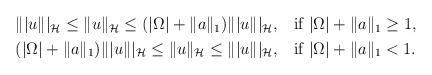
LaTeX: \begin{align*}\begin{aligned}\||u\||_\mathcal H\le \|u\|_\mathcal H\le (|\Omega|+\|a\|_1)\||u\||_\mathcal H, \quad&\mbox{if }|\Omega|+\|a\|_1\ge1,\\(|\Omega|+\|a\|_1)\||u\||_\mathcal H\le\|u\|_\mathcal H\le \||u\||_\mathcal H, \quad&\mbox{if }|\Omega|+\|a\|_1<1.\end{aligned}\end{align*}